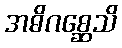
အဓိဂစ္ဆေသိ